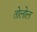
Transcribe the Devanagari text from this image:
तोलोल